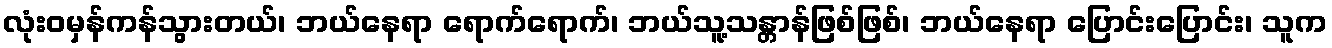
လုံးဝမှန်ကန်သွားတယ်၊ ဘယ်နေရာ ရောက်ရောက်၊ ဘယ်သူ့သန္တာန်ဖြစ်ဖြစ်၊ ဘယ်နေရာ ပြောင်းပြောင်း၊ သူက